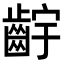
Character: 𬹷